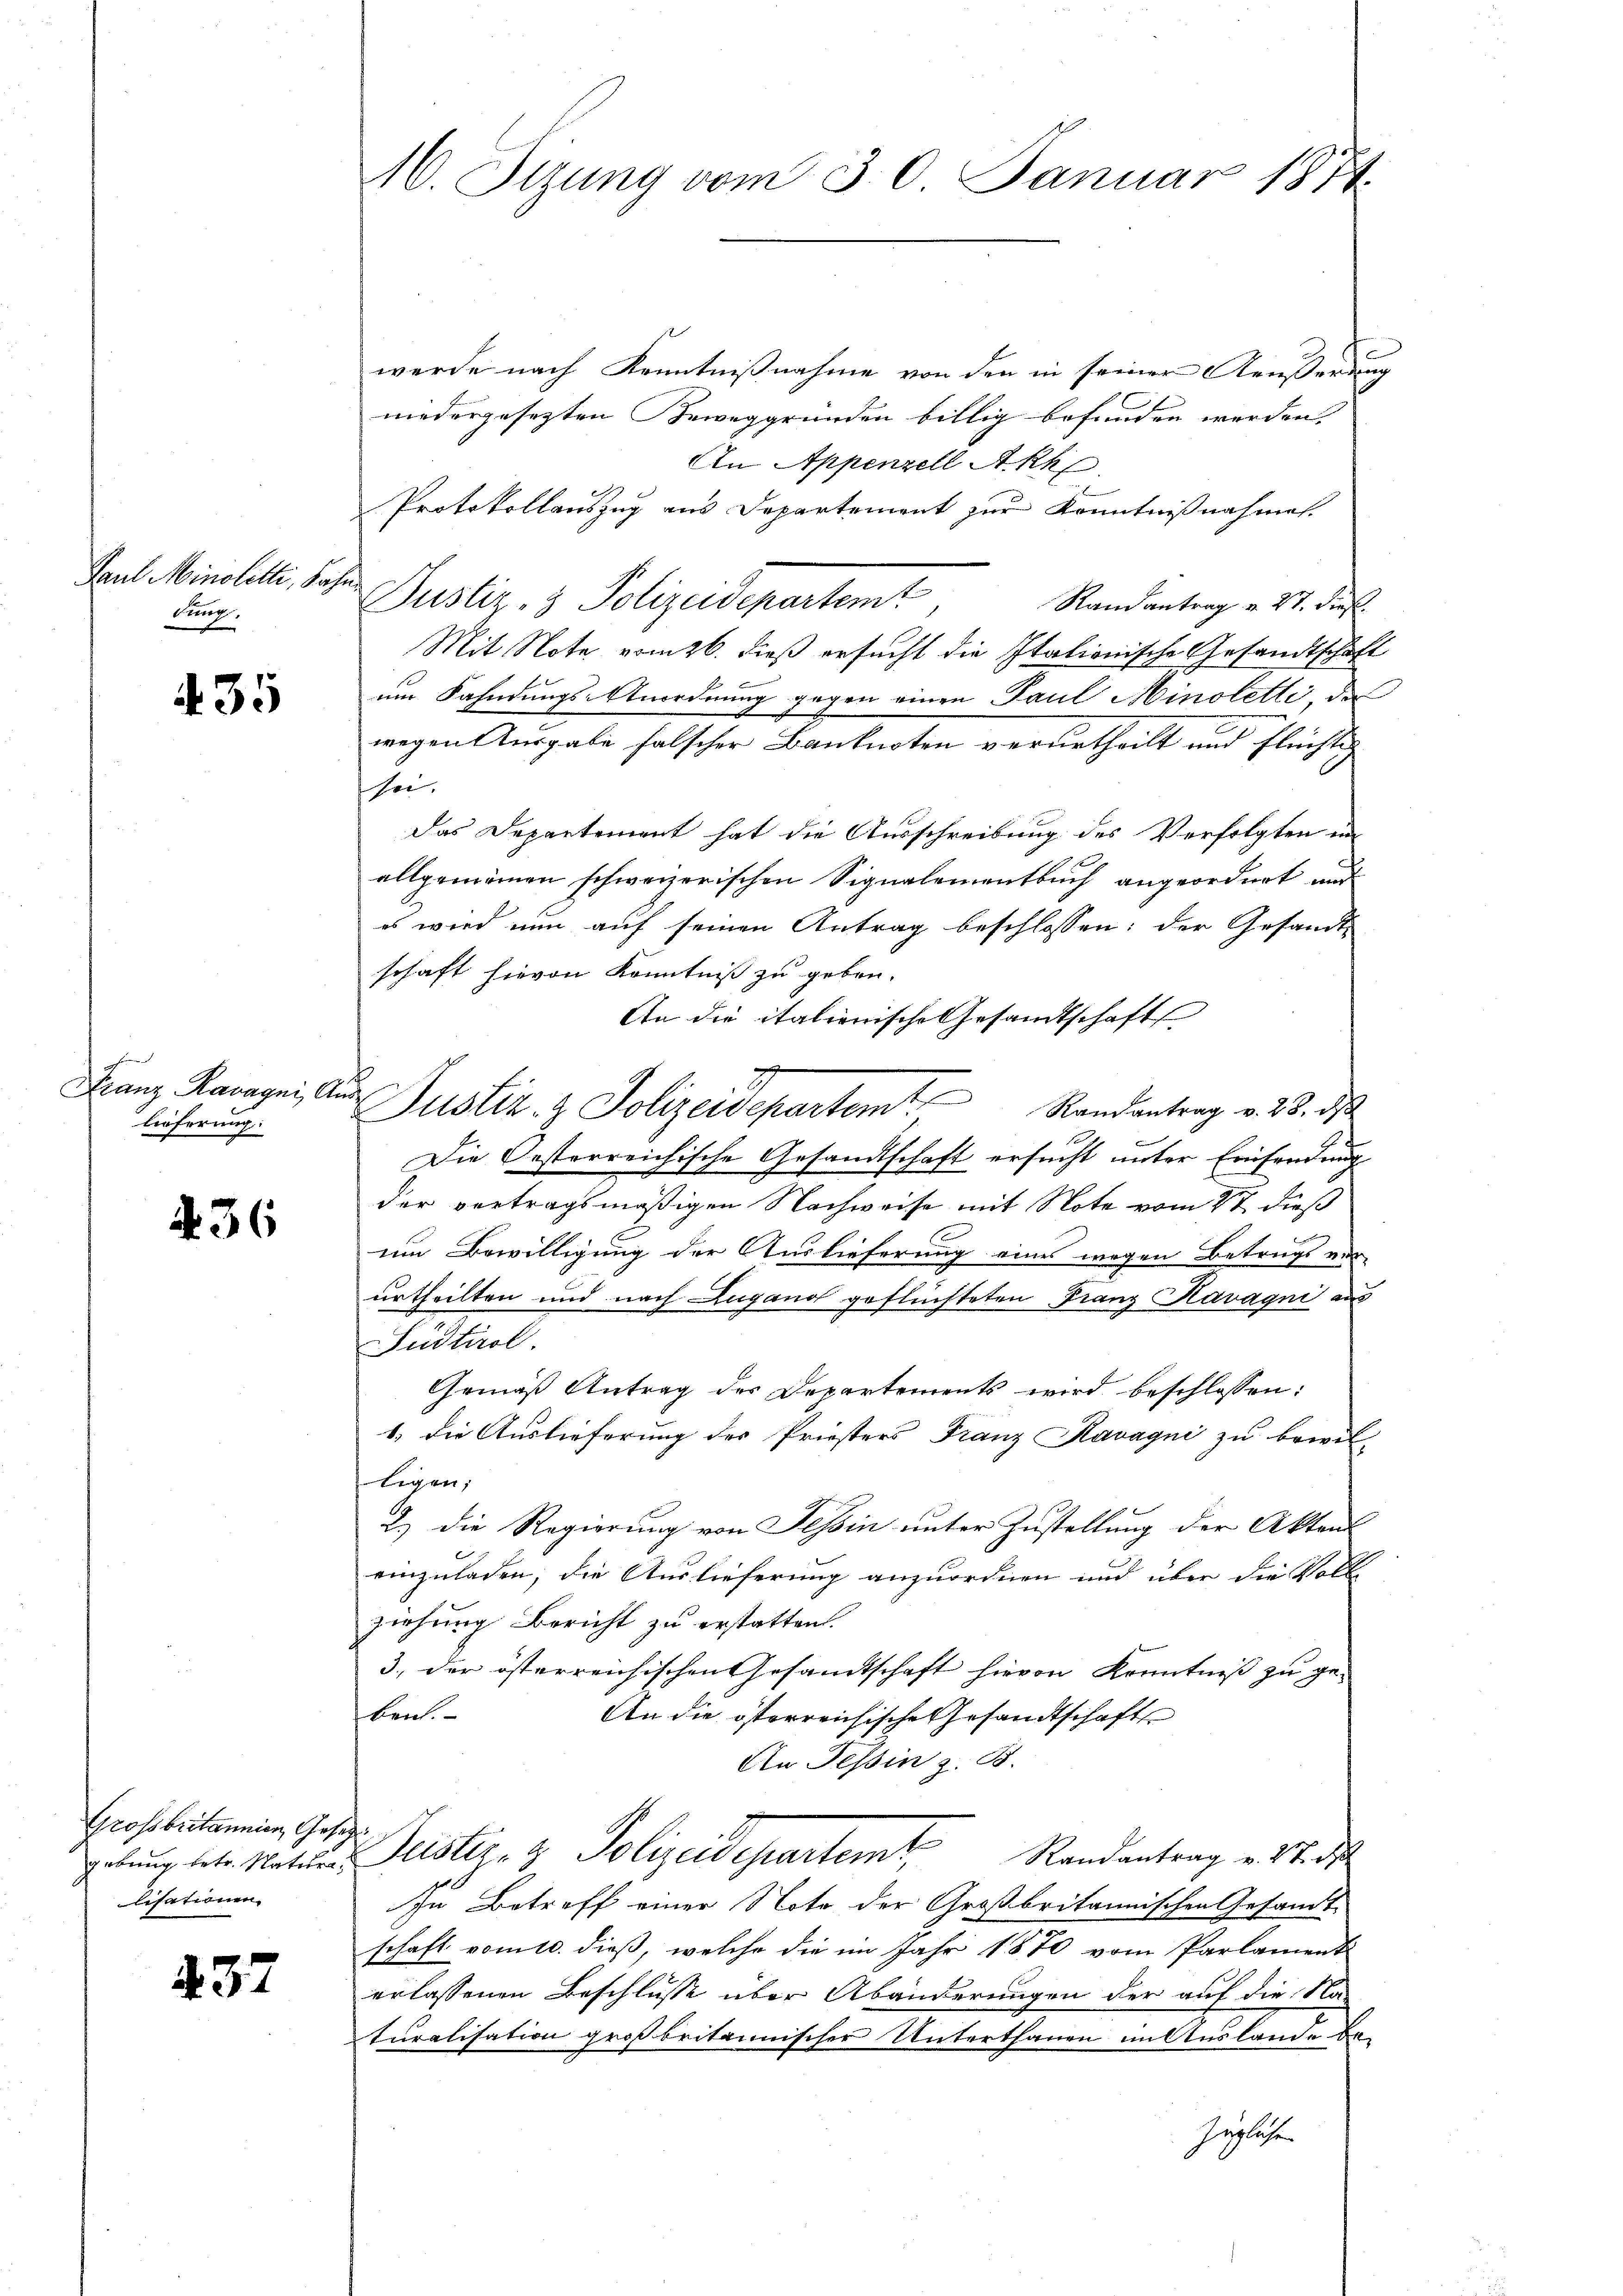
Paul Minoletti, Bahn
bung,

35

fe
Franz Kavaqni, A
lieferung:

436

Grossbritannien, Gesetz
lisationen

232

16. Sizung vom 30. Januar 1874.

werde nach Kenntnißnahme von den in seiner Aeusserung
niedergesezten Beweggründen billig befunden werden.
An Appenzell Akk
Protokollauszug aus Departement zur Kenntnißnahmen.
Justiz- & Polizeidepartemt
Randantrag v. 27. Fief.
Mit Note vom 26. dieß ersucht die Italionische Gesandtschaf
nus Fahndungs-Unordnung gegen einen Paul Minoletti, da
wegen Ausgabe falscher Banknoten verurtheilt und Flüchtig
sei.
Das Departement hat die Ausschreibung des Verfolgten ein
allgemeinen schweizerischen Signalementbuch angeordnet und
es wird nun auf seinen Antrag beschlossen: der Gesandte
schaft hievon Kenntniß zu geben.
An die italienische Gesandtschaft
s
Justiz- & Polizeidepartem Randantrag v. 23. ds
Die Oesterreichische Gesandtschaft ersucht unter Einsendung
der vortragsmäßigen Nachweise mit Note vom 2t dieß
um Bewilligung der Auslieferung eines wegen Betrugs ver-
urtheilten und nach Lugano geflüchteten Franz Kavagni aus
Jüdtirol.
Gemäß Antrag des Departements wird beschlossen:
1.) die Auslieferung des Priesters Franz Kavaqni zu bewil-
ligen;
2.) Die Regierung von Tessin unter Zustellung der Akten
einzuladen, die Auslieferung anzuordnen und über die Voll
ziehung Bericht zu erstatten.
3., der österreichischen Gesamtschaft hievon Kenntniß zu ge-
beich.
An die österreichische Gesandtschaft
An Tessin z. B.
gebung betr. Natur Geister- & Polizeidepartemt, Randantrag v. 27. de
In Betreff einer Note der Großbritannischen Gesandt-
schaft vom 10. dieß, welche die im Jahr 1870 vom Parlament
erlassenen Beschlüsse über Abänderungen der auf die Na-
turalisation großbritannischer Unterthanen im Auslande be-
Geglichen